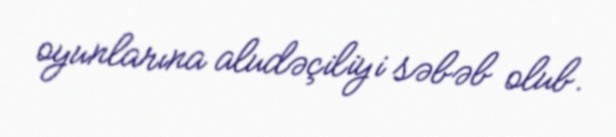
oyunlarına aludəçiliyi səbəb olub.